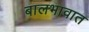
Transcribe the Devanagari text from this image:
बालभावात